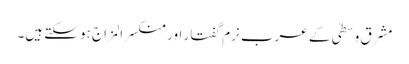
مشرق وسطیٰ کے عرب نرم گفتار اور منکسرالمزاج ہو سکتے ہیں۔